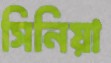
সিনিয়া